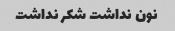
نون نداشت شکر نداشت